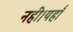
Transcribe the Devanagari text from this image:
नहीं।यहाँ